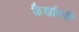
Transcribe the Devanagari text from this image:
कैद्यांवरी